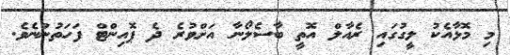
މި މޮޅާއެކު ލީގުގައި ރެއާލް އޮތީ ބާސެލޯނާ އަށްވުރެ ދެ ޕޮއިންޓް ފަހަތުންނެވެ.